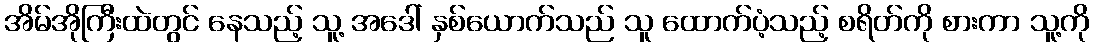
အိမ်အိုကြီးထဲတွင် နေသည့် သူ့ အဒေါ် နှစ်ယောက်သည် သူ ထောက်ပံ့သည့် စရိတ်ကို စားကာ သူ့ကို